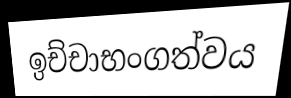
ඉච්චාභංගත්වය